Report of the Hyderabad Chloroform Commission
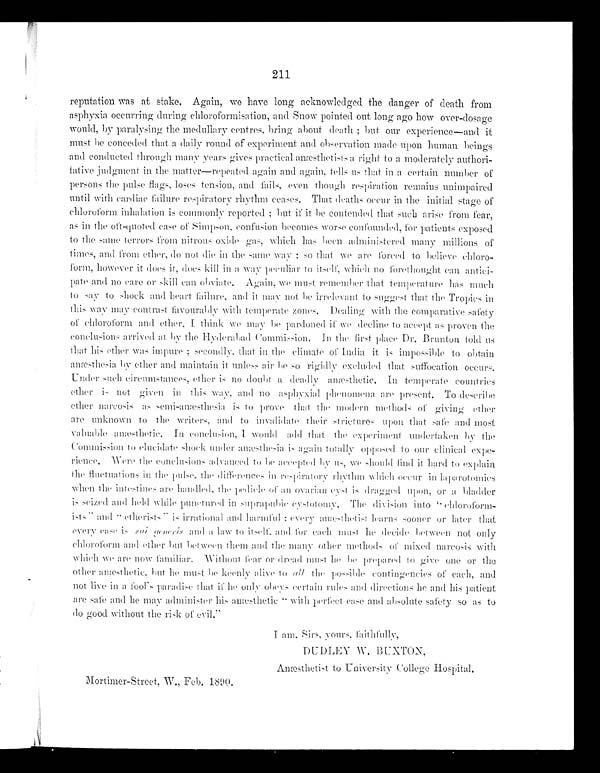
211
reputation was at stake. Again, we have long acknowledged the danger of death from
asphyxia occurring during chloroformisation, and Snow pointed out long ago how over-dosage
would, by paralysing the medullary centres, bring about death; but our experience—and it
must he conceded that a daily round of experiment and observation made upon human beings
and conducted through many years gives practical anæsthetists a right to a moderately authori-
tative judgment in the matt e r—repeated again and again, tells us that in a certain number of
persons the pulse flags, loses tension, and fails, even though respiration remains unimpaired
until with cardiae failure respiratory rhythm ceases. That deaths occur in the initial stage of
chloroform inhalation is commonly reported; but if it be contended that such arise from fear,
as in the oft -quoted case of Simpson, confusion becomes worsec o n f o u n d e d , f o r p a t i e n t s
exposed
to the same terrors from nitrous oxide gas, which has been administered many millions of
times, and from ether, do not die in the same way; so that we are forced to believe chloro
-
form, however it does it, does kill in a way peculiar to itself, which no forethought can antiei-
pate and no care or skill call obviate. Again, we must remember that temperature has much
to say to shock and heart failure, and it may not be irrelevant to suggest that the Tropics in
this way may contrast favourably with temperate zones. Dealing with the comparative safety
of chloroform and ether, I thinkwe may be pardoned if we decline to accept as proven the
conclusions arrived at by the Hyderabad Commission. In the first place Dr. Brunton told u
s
that his ether was impure; secondly, that in the climate of India it is impossible to obtain
anæsthesia by ether and maintain it unless air be so rigidly excluded that suffocation occurs.
Under such circumstances, ether is no doubt a deadly anæsthetic. In temperate countries
ether is not given in this way, and no asphyxial phenomena are present. To describe
ether narcosis as semi-anæsthesia is to prove that the modern methods of giving ether
are unknown to the writers, and to invalidate their strietures upon that safe and most
valuable anæesthetic. In conclusion, I would add that the experiment undertaken by the
Commission to elucidate shock under anæsthesia is again totally opposed to our clinical expe
-
rience. Were the conclusions advanced to be accepted by us, we should find it hard to explai
n
the fluctuations in the pulse the differences in respiratory rhythm which occur in laparotomie
s
when the intestines are han dled, the pediele of an ovarian eyst is dragged upon, or a bladder
is seized and held while punctured in suprapubic eystotomy. The division into "chloroform-
ists" and "etherists" is irrational and harmful: every anæsthetist learns sooner or later that
every case is sui generis
and a l awt o i t s e l f , a n d for each must he decide between not only
chloroform and ether but between them and the many other methods of mixed narcosis with
which we are now familiar. Without fear or dread must he be prepared to give one or the
other anæsthetic, but he must be keenly alive to a l l
t h e p o s s i b l e c o n t i n g e n c i e s o f
e a c h , a n d
not live in a fool's paradise that if he only obeys certain rules and directions he and his patient
are safe and he may administer his anæsthetic "with perfect ease and absolute safety so as to
do good without the risk of evil."
DUDLEY W. BUXTON,
Anæstheist to University College Hospital.
M o t i m e r - S t r e e t , W . , F e b . 1 8 9 0 .